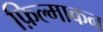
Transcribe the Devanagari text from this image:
फ़िल्माकन